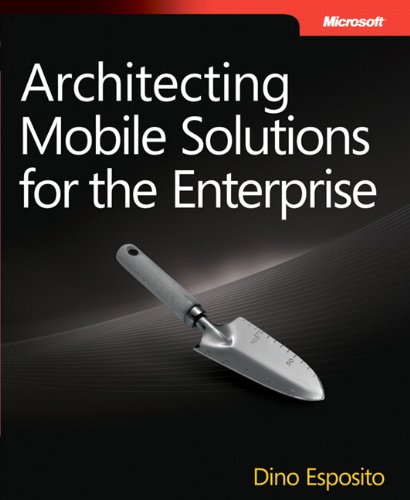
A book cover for Architecting Mobile Solutions for the Enterprise (Developer Reference); Dino Esposito; Computers & Technology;